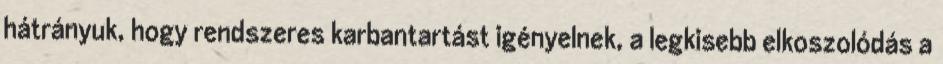
hátrányuk, hogy rendszeres karbantartást igényelnek, a legkisebb elkoszolódás a